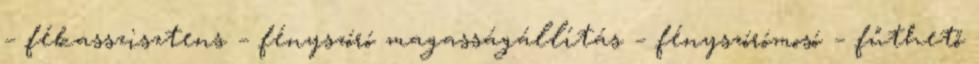
– fékasszisztens – fényszóró magasságállítás – fényszórómosó – fűthető